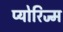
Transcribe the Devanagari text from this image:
प्योरिज्म